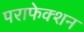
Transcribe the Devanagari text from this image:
पराफेक्शन